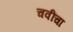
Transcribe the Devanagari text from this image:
चवींचा